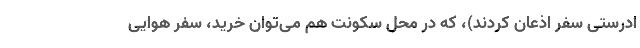
ادرستی سفر اذعان کردند)، که در محل سکونت هم می‌توان خرید، سفر هوایی